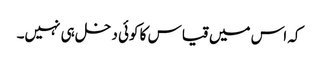
کہ اس میں قیاس کا کوئی دخل ہی نہیں۔